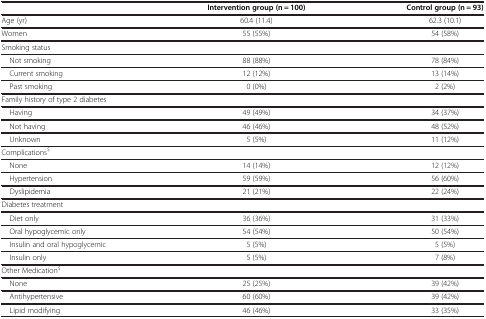
<table><thead><tr><td><b> </b></td><td><b>Intervention group (n = 100)</b></td><td><b>Control group (n = 93)</b></td></tr></thead><tbody><tr><td>Age (yr)</td><td>60.4 (11.4)</td><td>62.3 (10.1)</td></tr><tr><td>Women</td><td>55 (55%)</td><td>54 (58%)</td></tr><tr><td>Smoking status</td><td> </td><td> </td></tr><tr><td> Not smoking</td><td>88 (88%)</td><td>78 (84%)</td></tr><tr><td> Current smoking</td><td>12 (12%)</td><td>13 (14%)</td></tr><tr><td> Past smoking</td><td>0 (0%)</td><td>2 (2%)</td></tr><tr><td>Family history of type 2 diabetes</td><td> </td><td> </td></tr><tr><td> Having</td><td>49 (49%)</td><td>34 (37%)</td></tr><tr><td> Not having</td><td>46 (46%)</td><td>48 (52%)</td></tr><tr><td> Unknown</td><td>5 (5%)</td><td>11 (12%)</td></tr><tr><td>Complications<sup>$</sup></td><td> </td><td> </td></tr><tr><td> None</td><td>14 (14%)</td><td>12 (12%)</td></tr><tr><td> Hypertension</td><td>59 (59%)</td><td>56 (60%)</td></tr><tr><td> Dyslipidemia</td><td>21 (21%)</td><td>22 (24%)</td></tr><tr><td>Diabetes treatment</td><td> </td><td> </td></tr><tr><td> Diet only</td><td>36 (36%)</td><td>31 (33%)</td></tr><tr><td> Oral hypoglycemic only</td><td>54 (54%)</td><td>50 (54%)</td></tr><tr><td> Insulin and oral hypoglycemic</td><td>5 (5%)</td><td>5 (5%)</td></tr><tr><td> Insulin only</td><td>5 (5%)</td><td>7 (8%)</td></tr><tr><td>Other Medication<sup>$</sup></td><td> </td><td> </td></tr><tr><td> None</td><td>25 (25%)</td><td>39 (42%)</td></tr><tr><td> Antihypertensive</td><td>60 (60%)</td><td>39 (42%)</td></tr><tr><td> Lipid modifying</td><td>46 (46%)</td><td>33 (35%)</td></tr></tbody></table>